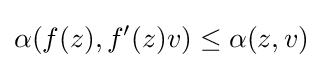
\displaystyle {\alpha (f(z),f^{\prime }(z)v)\leq \alpha (z,v)}